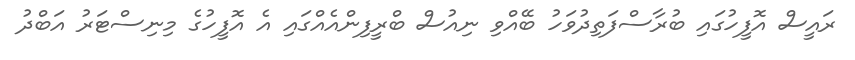
ރައީސް އޮފީހުގައި ބުރާސްފަތިދުވަހު ބޭއްވި ނިއުސް ބްރީފިންއެއްގައި އެ އޮފީހުގެ މިނިސްޓަރު އަބްދު